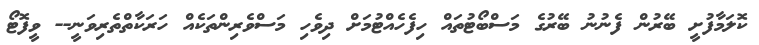
ކޮލަމާފުށީ ބޭރުން ފެނުނު ބޭރުގެ މަސްބޯޓުތައް ހިފެހެއްޓުމަށް ދިވެހި މަސްވެރިންތަކެއް ހަރަކާތްތެރިވަނީ-- ވީފޮޓޯ